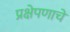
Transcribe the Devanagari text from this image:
प्रक्षेपणाचे